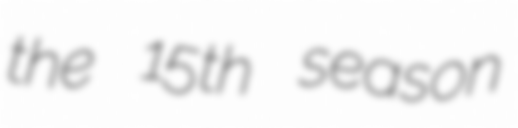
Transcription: the 15th season